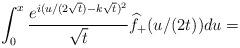
LaTeX: \begin{align*}\int_{0}^x \frac{e^{i(u/(2\sqrt t)-k\sqrt t)^2}}{\sqrt t}\widehat f_+(u/(2t))du=\end{align*}